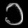
Digit: ၁